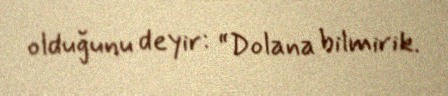
olduğunu deyir: “Dolana bilmirik.